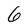
Character: 6